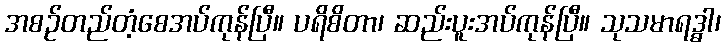
အစဉ်တည်တံ့စေအပ်ကုန်ပြီ။ ပရိစိတာ၊ ဆည်းပူးအပ်ကုန်ပြီ။ သုသမာရဒ္ဓါ၊